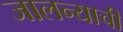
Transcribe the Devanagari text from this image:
जालन्याची